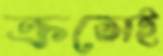
ক্রসেই